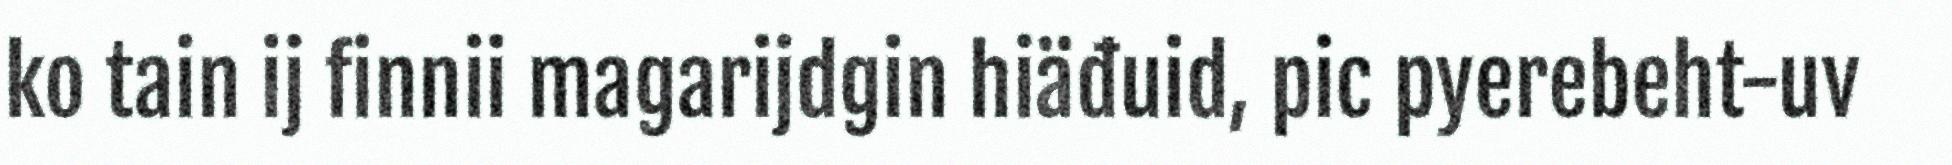
ko tain ij finnii magarijdgin hiäđuid, pic pyerebeht-uv